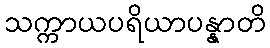
သက္ကာယပရိယာပန္နာတိ